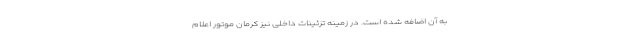
به آن اضافه شده است. در زمینه تزئینات داخلی نیز کرمان موتور اعلام